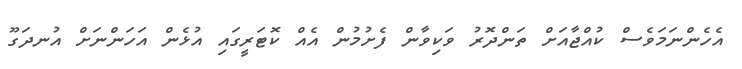
އެހެންނަމަވެސް ކުއްޖާއަށް ތަންދޮރު ވަކިވާން ފެށުމުން އެއް ކޮޓަރީގައި އުޅެން އަހަންނަށް އުނދަގޫ